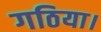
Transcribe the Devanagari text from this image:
गठिया।